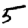
Digit: 5